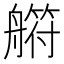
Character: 䒀